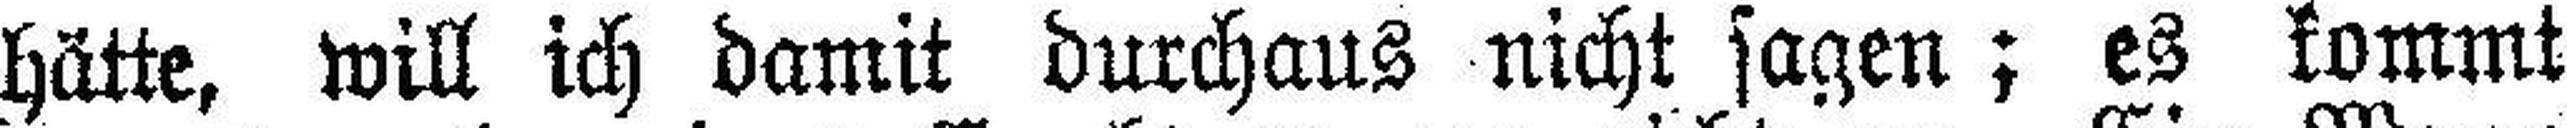
hätte, will ich damit durchaus nicht sagen; es kommt